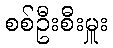
စစ်ဦးစီးမှူး